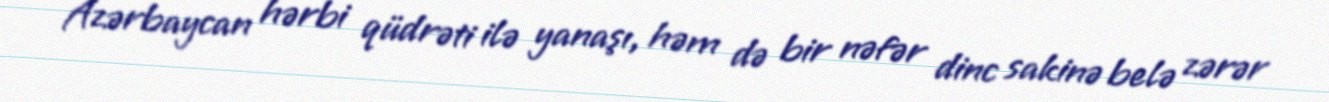
Azərbaycan hərbi qüdrəti ilə yanaşı, həm də bir nəfər dinc sakinə belə zərər